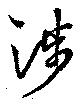
渉